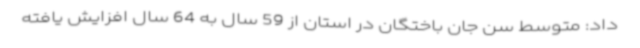
داد: متوسط سن جان باختگان در استان از 59 سال به 64 سال افزایش یافته